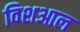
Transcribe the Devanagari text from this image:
विशआल